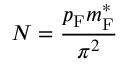
N = { \frac { p _ { \mathrm { { F } } } m _ { \mathrm { { F } } } ^ { * } } { \pi ^ { 2 } } }